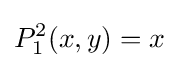
P_{1}^{2}(x,y)=x